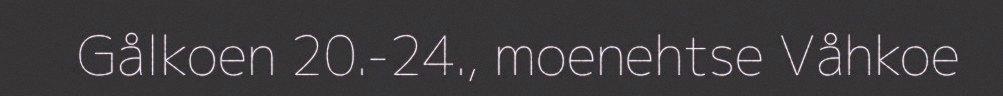
Gålkoen 20.-24., moenehtse Våhkoe